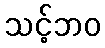
သင့်ဘဝ